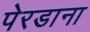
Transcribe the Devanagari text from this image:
पेरडाना